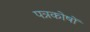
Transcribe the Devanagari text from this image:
पत्रकोषों